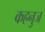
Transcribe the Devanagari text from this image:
कहनुज